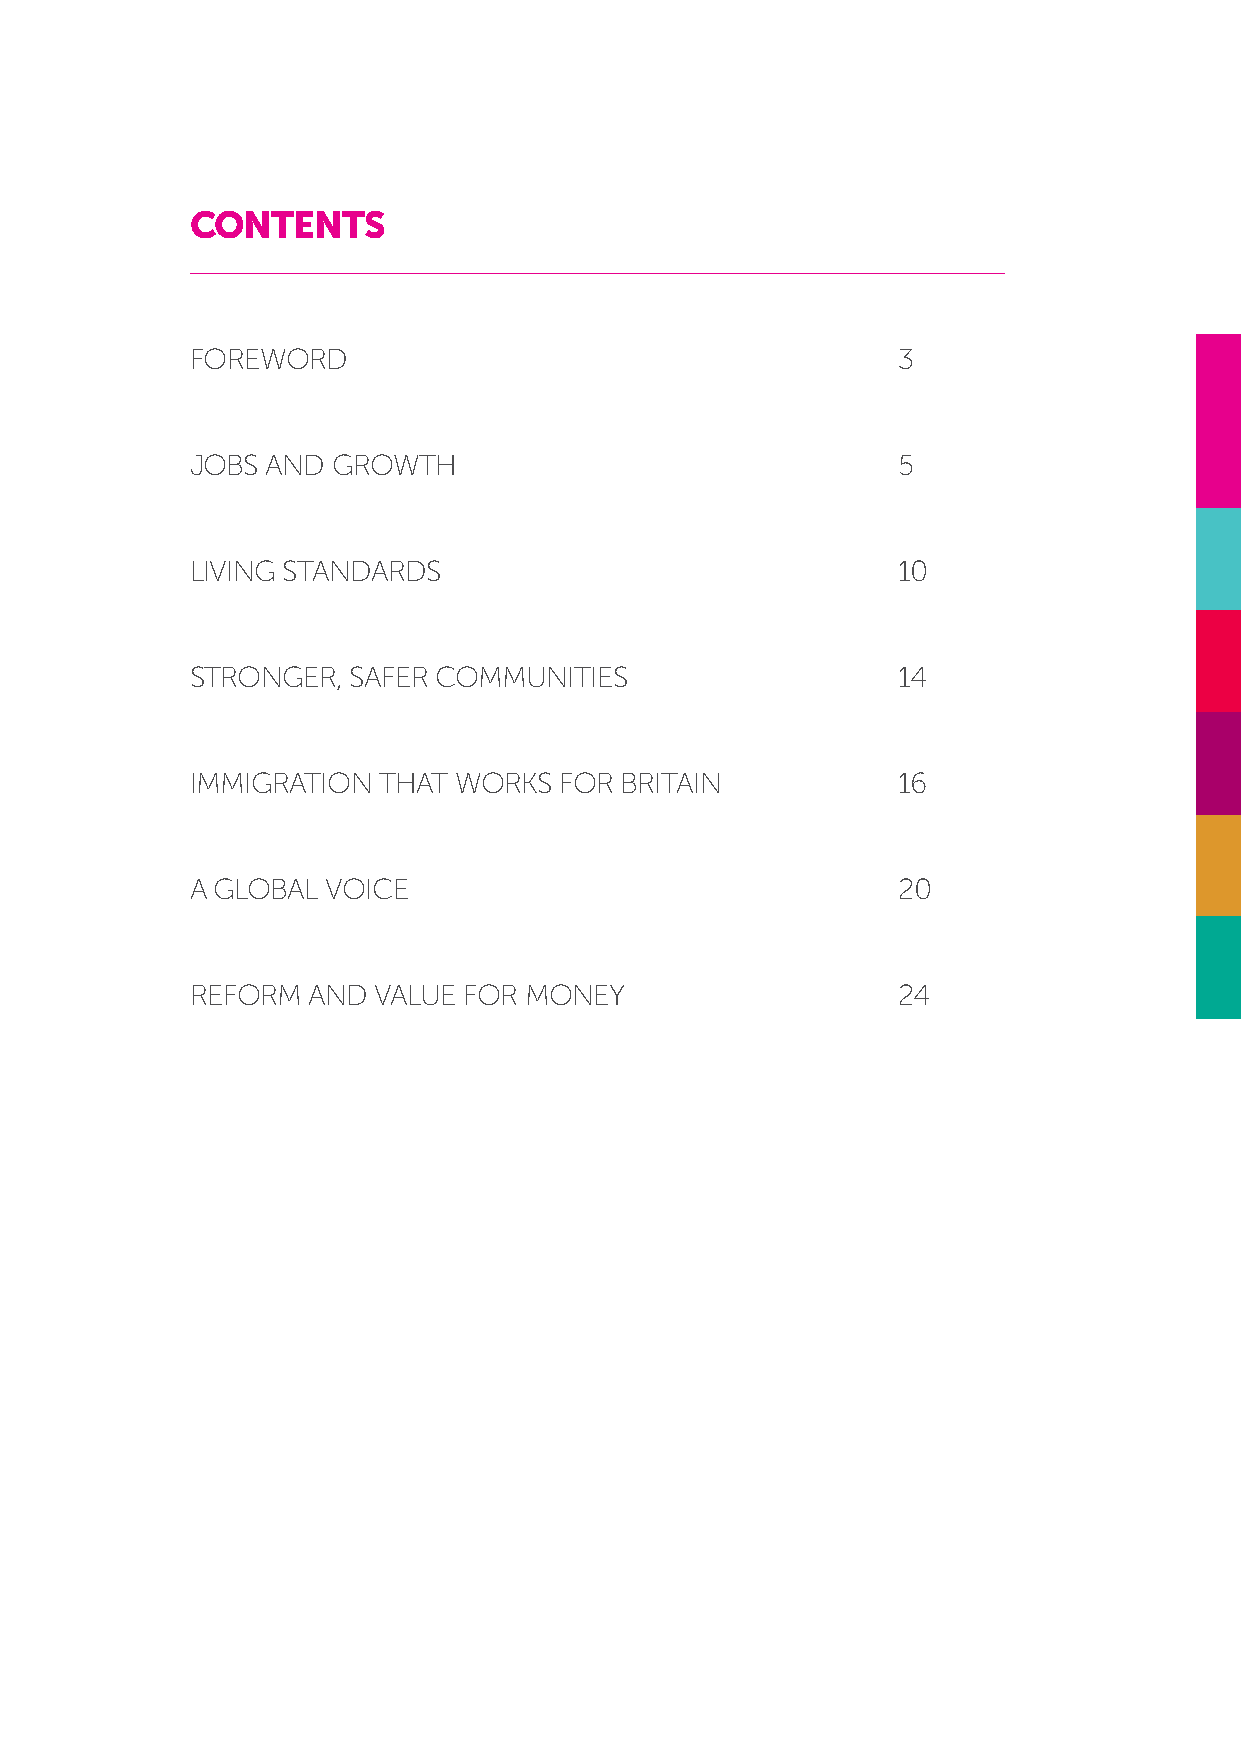
CONTENTS
 FOREWORD                                       3
 JOBS AND GROWTH                               5
 LIVING STANDARDS                              10
 STRONGER, SAFER COMMUNITIES                   14
 IMMIGRATION THAT WORKS  FOR BRITAIN           16
 A GLOBAL VOICE                                20
 REFORM AND  VALUE FOR MONEY                   24